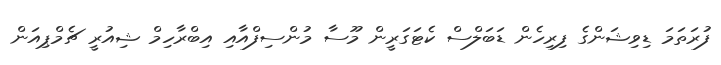
ފުރަތަމަ ޑިވިޝަންގެ ފިރިހެން ޑަބަލްސް ކެޓަގަރީން މޫސާ މުންސިފްއާއި އިބްރާހިމް ޝިއުރީ ޗެމްޕިއަން